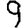
Digit: 9